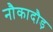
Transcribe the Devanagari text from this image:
नौकादौड़